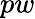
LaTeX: pw